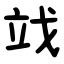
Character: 䇅